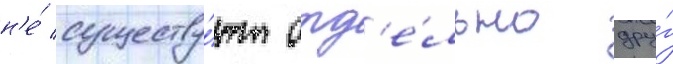
н'е́ существу́ют отд'е́льно дру́г